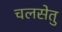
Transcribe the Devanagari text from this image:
चलसेतु